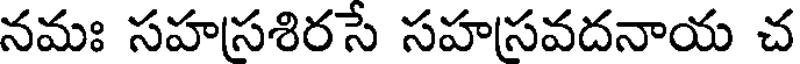
నమః సహసశిరసే సహసవదనాయ చ